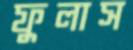
ফুলাস